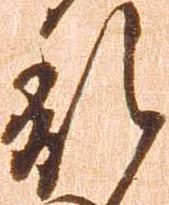
乱